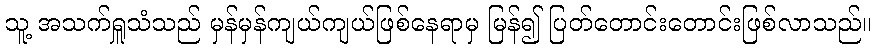
သူ့ အသက်ရှူသံသည် မှန်မှန်ကျယ်ကျယ်ဖြစ်နေရာမှ မြန်၍ ပြတ်တောင်းတောင်းဖြစ်လာသည်။